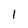
Character: I